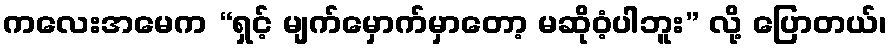
ကလေးအမေက “ရှင့် မျက်မှောက်မှာတော့ မဆိုဝံ့ပါဘူး” လို့ ပြောတယ်၊